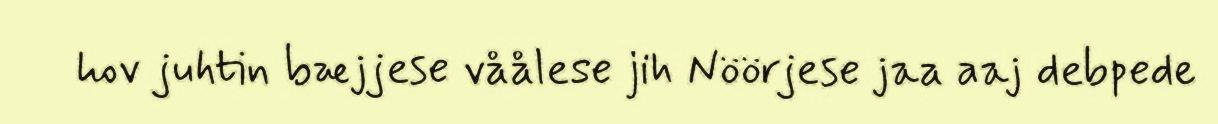
hov juhtin bæjjese våålese jih Nöörjese jaa aaj debpede